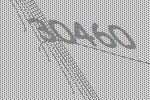
30460